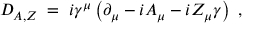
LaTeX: D _ { A , Z } \; = \; i \gamma ^ { \mu } \left( \partial _ { \mu } - i A _ { \mu } - i Z _ { \mu } \gamma \right) ~ ,